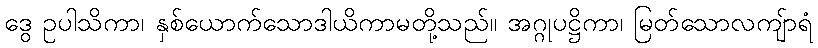
ဒွေ ဥပါသိကာ၊ နှစ်ယောက်သောဒါယိကာမတို့သည်။ အဂ္ဂုပဋ္ဌိကာ၊ မြတ်သောလကျ်ာရံ